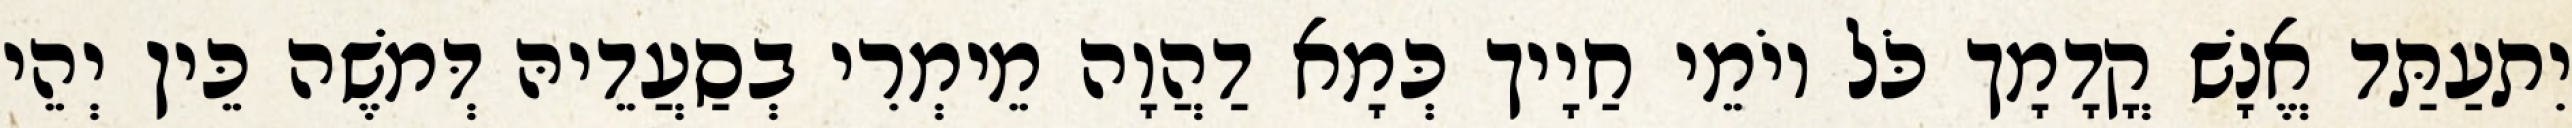
יִתעַתַּד אֱנָשׁ קֳדָמָך כֹּל יוֹמֵי חַיָיך כְּמָא דַהֲוָה מֵימְרִי בְסַעֲדֵיהּ דְּמֹשֶׁה כֵּין יְהֵי